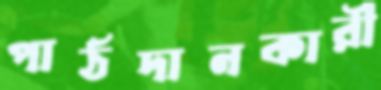
পাঠদানকারী